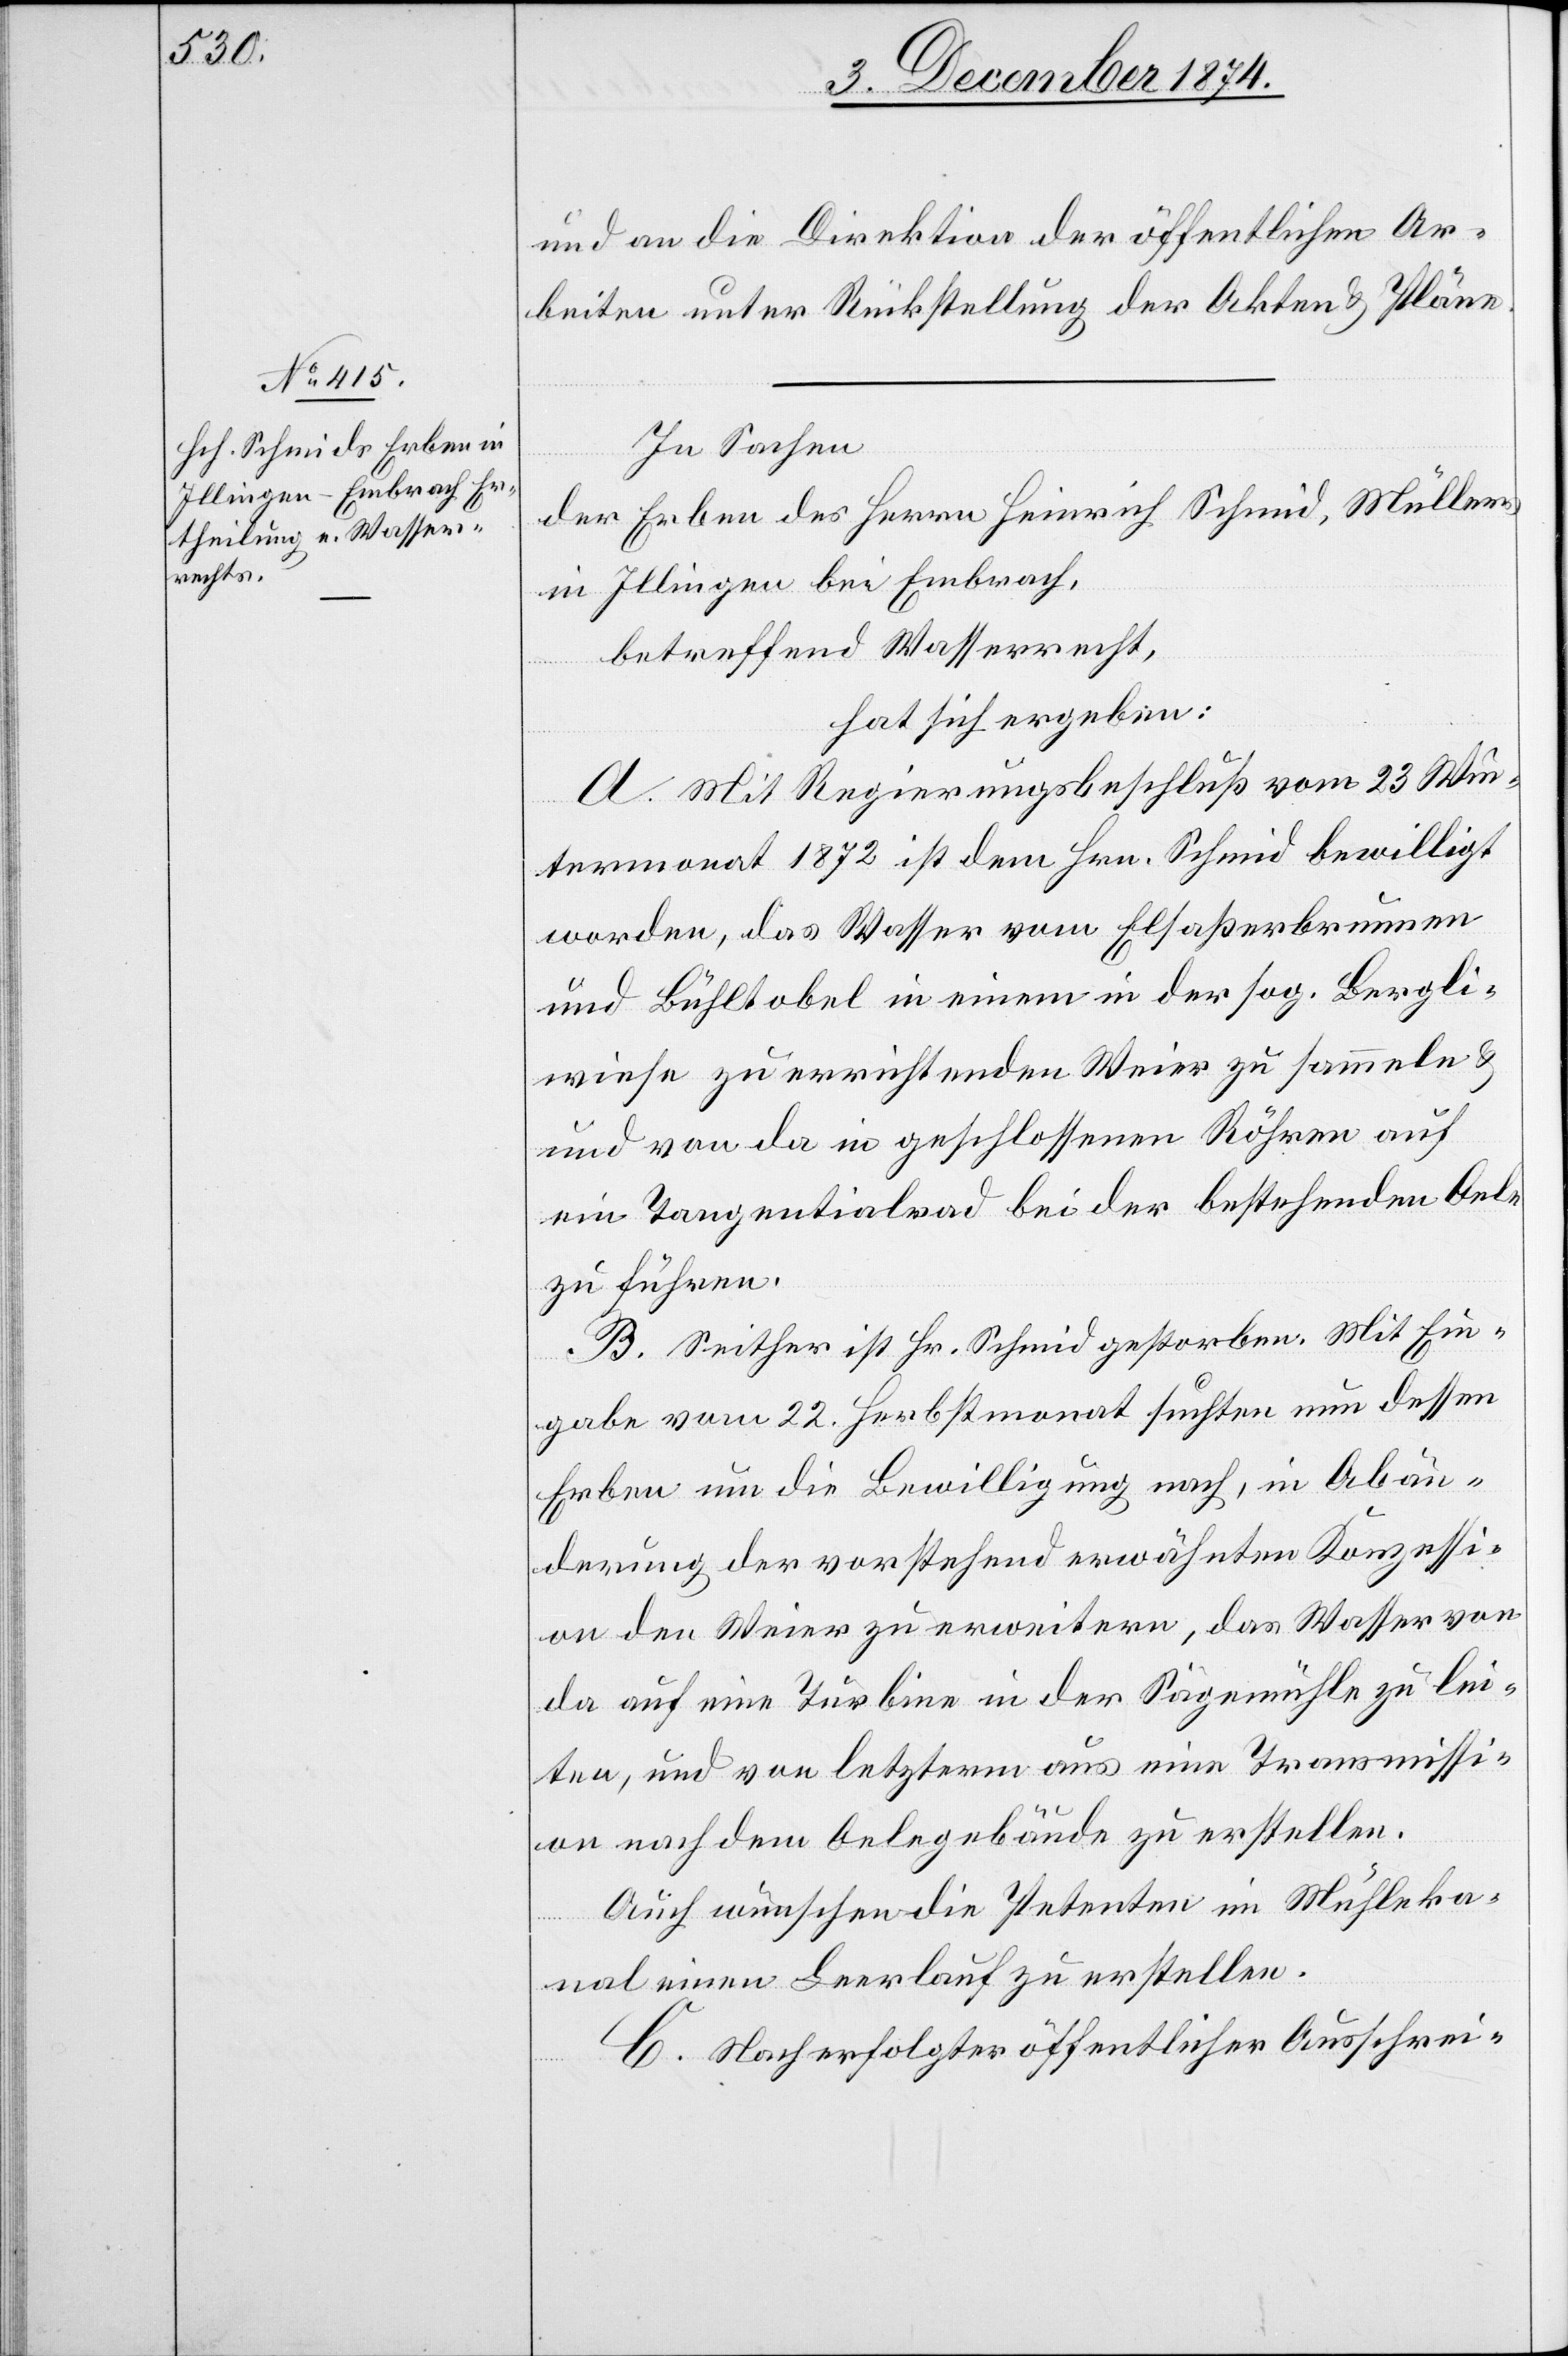
[s¬

und an die Direktion der öffentlichen Ar¬
beiten unter Rückstellung der Akten & Pläne.
In Sachen
der Erben des Herrn Heinrich Schmid, Müllers
in Illingen bei Embrach,
betreffend Wasserrecht,
hat sich ergeben:
A. Mit Regierungsbeschluß vom 23. Win¬
termonat 1872 ist dem Hrn. Schmid bewilligt
worden, das Wasser vom Elsaßerbrunnen
und Bühltobel in einem in der sog. Bergli¬
wiese zu errichtenden Weier zu sammeln &
ic!] von da in geschlossenen Röhren auf
ein Tangentialrad bei der bestehenden Oele
zu führen.
B. Seither ist Hr. Schmid gestorben. Mit Ein¬
gabe vom 22. Herbstmonat suchten nun dessen
Erben um die Bewilligung nach, in Abän¬
derung der vorstehend erwähnten Konzessi¬
on den Weier zu erweitern, das Wasser von
da auf eine Turbine in der Sägemühle zu lei¬
ten, und von letzterm aus eine Transmissi¬
on nach dem Oelegebäude zu erstellen.
Auch wünschen die Petenten im Mühleka¬
nal einen Leerlauf zu erstellen.
C. Nach erfolgter öffentlicher Ausschrei-